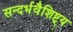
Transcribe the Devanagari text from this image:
सन्दर्भवैशिष्ट्य